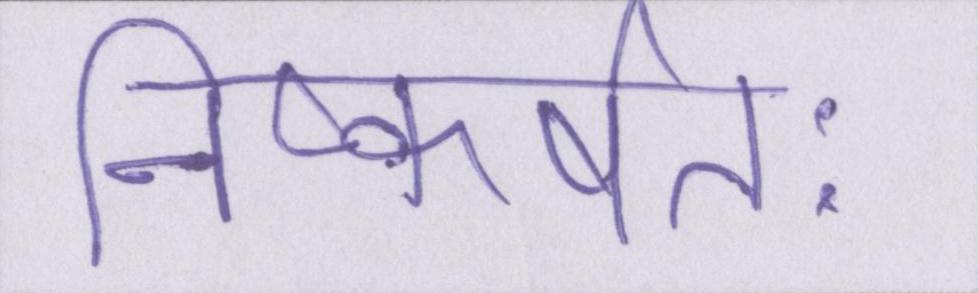
निष्कर्षतः